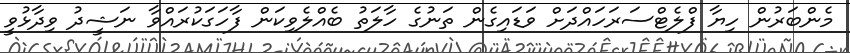
މެންބަރުން ހިޔާ ފްލެޓްސަރަހައްދަށް ވަޑައިގެން ތަނުގެ ހާލަތު ބެއްލެވިކަން ފާހަގަކުރައްވާ ނަޝީދު ވިދާޅުވީ